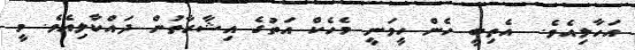
އަހާލިއެވެ.  އެތިބީ ހެން ހީވަނީ މެހެކް އަތުގެ އިޝާރާތުން ދައްކާލިއެވެ. މީ